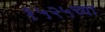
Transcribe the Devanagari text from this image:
१५२५च्या